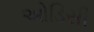
ઓડિસી